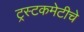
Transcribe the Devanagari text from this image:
ट्रस्टकमेटीचे